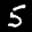
Label: 5